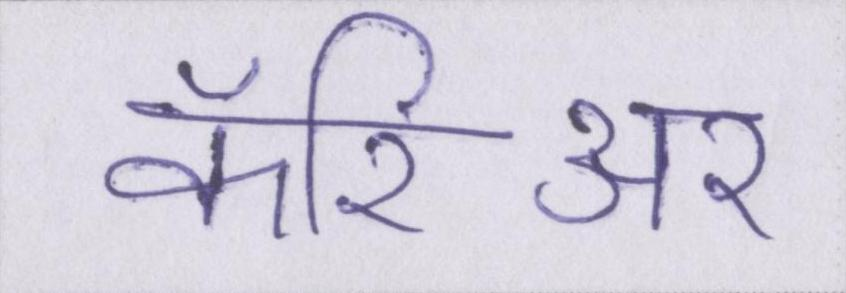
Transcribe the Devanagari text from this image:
कॅरिअर